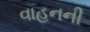
વાહનની